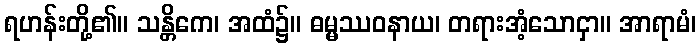
ရဟန်းတို့၏။ သန္တိကေ၊ အထံ၌။ ဓမ္မဿဝနာယ၊ တရားအံ့သောငှာ။ အာရာမံ၊